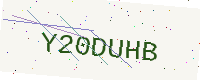
Text: Y20DUHB